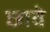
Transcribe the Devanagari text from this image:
छावे